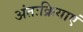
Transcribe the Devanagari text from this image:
अंतःक्रियाएं